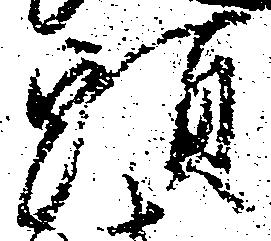
頭